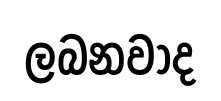
ලබනවාද